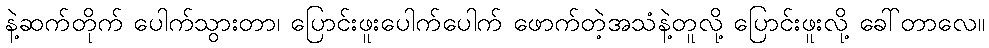
နဲ့ဆက်တိုက် ပေါက်သွားတာ၊ ပြောင်းဖူးပေါက်ပေါက် ဖောက်တဲ့အသံနဲ့တူလို့ ပြောင်းဖူးလို့ ခေါ်တာလေ။